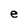
Character: e